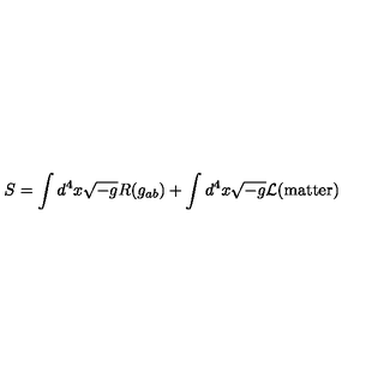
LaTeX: S = \int d ^ { 4 } x \sqrt { - g } R ( g _ { a b } ) + \int d ^ { 4 } x \sqrt { - g } { \cal L } ( \mathrm { m a t t e r } )